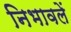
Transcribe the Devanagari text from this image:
निभावलें